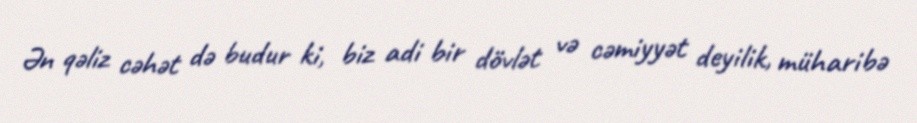
Ən qəliz cəhət də budur ki, biz adi bir dövlət və cəmiyyət deyilik, müharibə